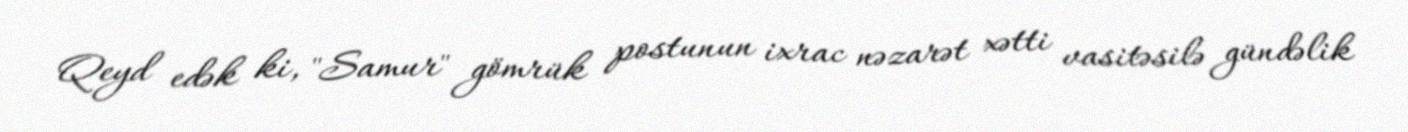
Qeyd edək ki, "Samur" gömrük postunun ixrac nəzarət xətti vasitəsilə gündəlik